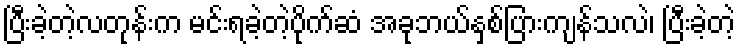
ပြီးခဲ့တဲ့လတုန်းက မင်းရခဲ့တဲ့ပိုက်ဆံ အခုဘယ်နှစ်ပြားကျန်သလဲ၊ ပြီးခဲ့တဲ့